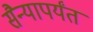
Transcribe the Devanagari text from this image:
सैन्यापर्यंत